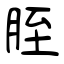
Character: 胵